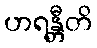
ဟရန္တီတိ